Plague in India, 1896, 1897 - Volume 3
Year: 1896
Disease focus: Plague
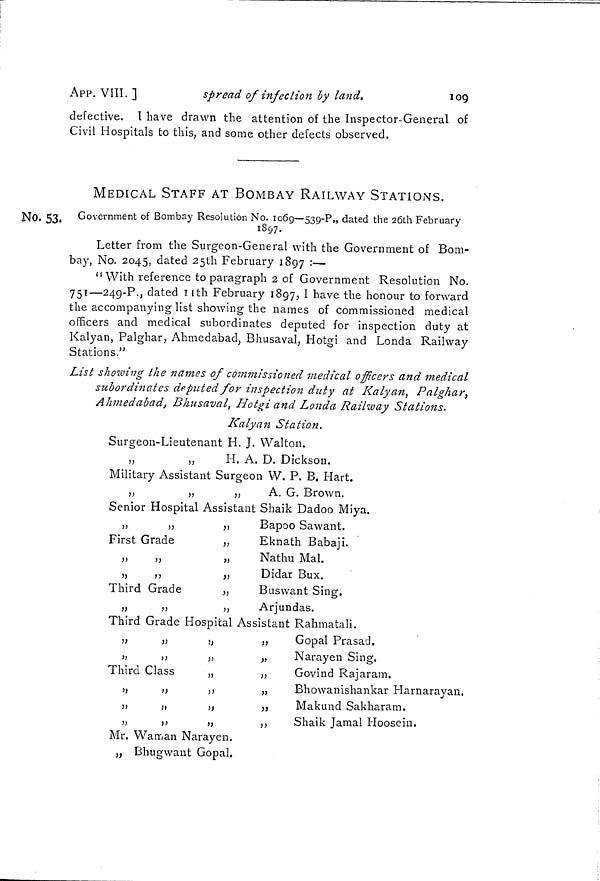
APP. VIII. ]
spread of infection by land.
109
defective. I have drawn the attention of the Inspector-General of
Civil Hospitals to this, and some other defects observed.
No. 53.
MEDICAL STAFF AT BOMBAY RAILWAY STATIONS.
Government of Bombay Resolution No. 1069—539-P., dated the 26th February
1897.
Letter from the Surgeon-General with the Government of Bom-
bay, No. 2045, dated 25th February 1897 :—
"With reference to paragraph 2 of Government Resolution No.
751—249-P., dated 11th February 1897, I have the honour to forward
the accompanying list showing the names of commissioned medical
officers and medical subordinates deputed for inspection duty at
Kalyan, Palghar, Ahmedabad, Bhusaval, Hotgi and Loncla Railway
Stations. "
List showing the names of commissioned medical officers and medical
subordinates deputed for inspection duty at Kalyan, Palghar,
Ahmedabad, Bhusaval, Hotgi and Londa Railway Stations.
Kalyan Station.
Surgeon-Lieutenant H. J. Walton.
,,
H. A. D. Dickson.
Military Assistant Surgeon W. P. B. Hart.
„
„
„
A. G. Brown.
Senior Hospital Assistant Shaik Dadoo Miya.
„
,
,
Bapoo Sawant.
First Grade
„
Eknath Babaji.
„
„
„
Nathu Mai.
„
,,
„
Didar Bux.
Third Grade
„
Buswant Sing.
,,
„
„
Arjundas.
Third Grade Hospital Assistant Rahmatali.
;,
,,
,,
,,
Gopal Prasad.
„
„
„
„
Narayen Sing.
Third Class
„
,,
Govind Rajaram.
,,
„
,,
„
Bhowanishankar Harnarayan.
,,
„
,,
„
Makund Sakharam.
,,
,,
„
,,
Shaik Jamal Hoosein.
Mr. Waman Narayen.
„ Bhugwant Gopal.